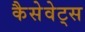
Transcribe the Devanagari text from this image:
कैसेवेट्स